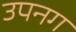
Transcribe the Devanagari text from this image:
उपनग